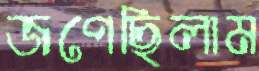
জপেছিলাম